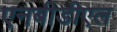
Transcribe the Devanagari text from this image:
एनबीडीएल